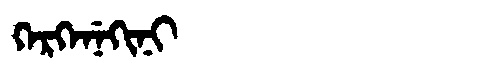
Manchu: ᡴᡝᡵᡴᡝᠨᡝᡴᡳᠨᡳ
Romanization: KERKENEKINI